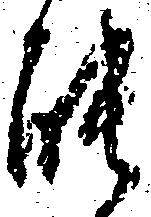
能